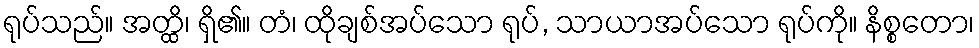
ရုပ်သည်။ အတ္ထိ၊ ရှိ၏။ တံ၊ ထိုချစ်အပ်သော ရုပ်, သာယာအပ်သော ရုပ်ကို။ နိစ္စတော၊